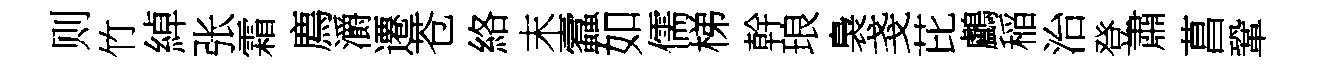
则竹綽张霜廌灂遷苍絡末蠧如儒梯幹琅裊戔芘鸕稲治登肅菖鞏